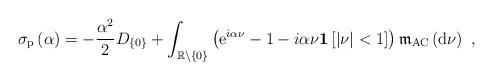
LaTeX: \begin{align*}\mathbf{\sigma }_{\mathrm{p}}\left( \alpha \right) =-\frac{\alpha ^{2}}{2}D_{\left\{ 0\right\} }+\int\nolimits_{\mathbb{R}\backslash \left\{ 0\right\}}\left( \mathrm{e}^{i\alpha \nu }-1-i\alpha \nu \mathbf{1}\left[ \left\vert\nu \right\vert <1\right] \right) \mathfrak{m}_{\mathrm{AC}}\left( \mathrm{d}\nu \right) \ , \end{align*}